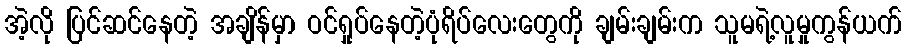
အဲ့လို ပြင်ဆင်နေတဲ့ အချိန်မှာ ဝင်ရှုပ်နေတဲ့ပုံရိပ်လေးတွေကို ချမ်းချမ်းက သူမရဲ့လူမှုကွန်ယက်